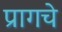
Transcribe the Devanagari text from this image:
प्रागचे